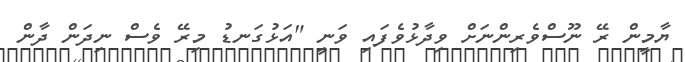
ޔާމީން ރޭ ނޫސްވެރިންނަށް ވިދާޅުވެފައި ވަނީ "އަޅުގަނޑު މިރޭ ވެސް ނިދަން ދާން